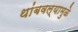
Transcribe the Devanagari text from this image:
थांबवल्यामुळे